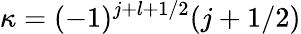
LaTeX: \kappa=(-1)^{j+l+1/2}(j+1/2)